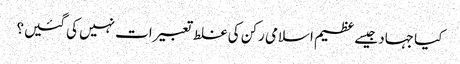
کیا جہاد جیسے عظیم اسلامی رکن کی غلط تعبیرات نہیں کی گئیں؟